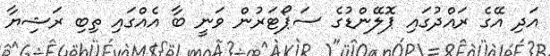
އަދި އޭގެ ރައްދުގައި ޕޮލޭންޑުގެ ސަޕޯޓަރުން ވަނީ ބާ އެއްގައި ތިބި ރަޝިޔާ